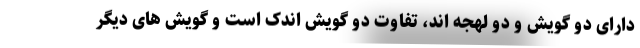
دارای دو گویش و دو لهجه اند، تفاوت دو گویش اندک است و گویش های دیگر